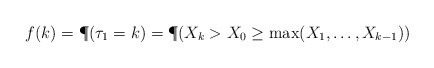
\begin{align*}f(k)=\P(\tau_1=k)=\P(X_k>X_0\ge\max(X_1,\dots,X_{k-1}))\end{align*}